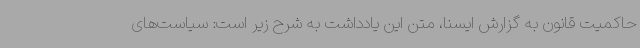
حاکمیت قانون به گزارش ایسنا، متن این یادداشت به شرح زیر است: سیاست‌های